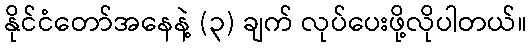
နိုင်ငံတော်အနေနဲ့ (၃) ချက် လုပ်ပေးဖို့လိုပါတယ်။